Annual report of the Imperial Bacteriologist
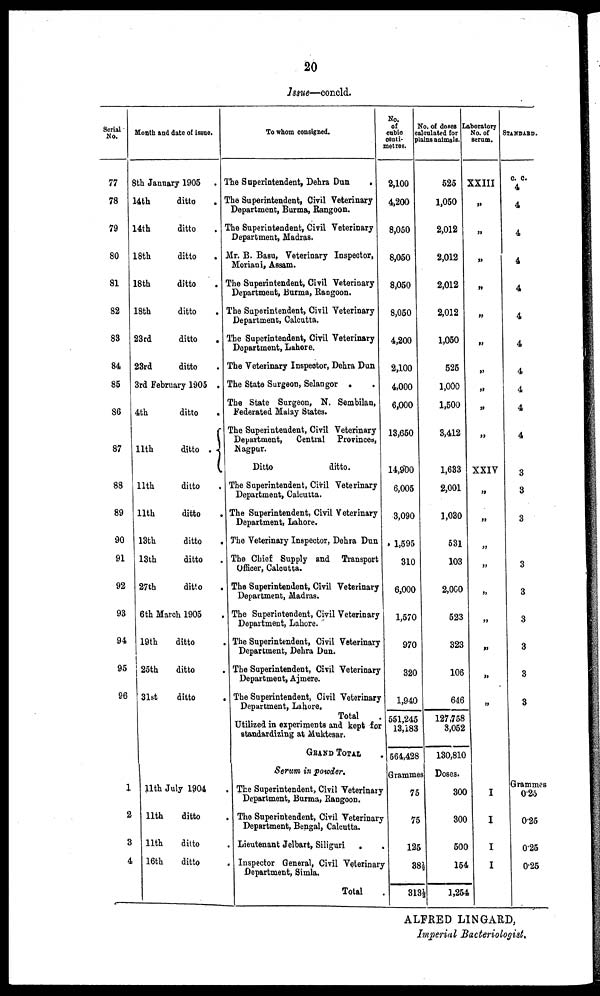
20
Issue—concld.
Serial
No.
77
78
79
80
81
82
83
84
85
86
87
88
89
90
91
92
93
94
95
96
1
2
3
4
Month and date of issue.
8th January 1905 .
14th
ditto
.
14th
ditto
.
18th
ditto .
18th
ditto .
18th
ditto .
23rd
ditto .
23rd
ditto .
3rd February 1905 .
4th
ditto
.
11th
ditto . {
11th
ditto .
11th
ditto .
13th
ditto .
13th
ditto .
27th
ditto .
6th March 1905 .
19th
ditto .
25th
ditto .
31st
ditto .
11th July 1904 .
11th
ditto .
11th
ditto .
16th
ditto .
To whom consigned.
The Superintendent, Dehra Dun
.
The Superintendent, Civil Veterinary
Department, Burma, Rangoon.
The Superintendent, Civil Veterinary
Department, Madras.
Mr. B. Basu, Veterinary Inspector,
Moriani, Assam.
The Superintendent, Civil Veterinary
Department, Burma, Rangoon.
The Superintendent, Civil Veterinary
Department, Calcutta.
The Superintendent, Civil Veterinary
Department, Lahore.
The Veterinary Inspector, Dehra Dun
The State Surgeon, Selangor .
The State Surgeon, N. Sembilan,
Federated Malay States.
The Superintendent, Civil Veterinary
Department, Central Provinces,
Nagpur.
Ditto
ditto.
The Superintendent, Civil Veterinary
Department, Calcutta.
The Superintendent, Civil Veterinary
Department, Lahore.
The Veterinary Inspector, Dehra Dun
The Chief Supply and Transport
Officer, Calcutta.
The Superintendent, Civil Veterinary
Department, Madras.
The Superintendent, Civil Veterinary
Department, Lahore.
The Superintendent, Civil Veterinary
Department, Dehra Dun.
The Superintendent, Civil Veterinary
Department, Ajmere.
The Superintendent, Civil Veterinary
Department, Lahore.
Total
.
Utilized in experiments and kept for
standardizing at Muktesar.
GRAND TOTAL
Serum in powder.
The Superintendent, Civil Veterinary
Department, Burma, Rangoon.
The Superintendent, Civil Veterinary
Department, Bengal, Calcutta.
Lieutenant Jelbart, Siliguri . .
Inspector General, Civil Veterinary
Department, Simla.
Total
No.
of
cubic
Centi¬
metres.
2,100
4,200
8,050
8,050
8,050
8,050
4,200
2,100
4,000
6,000
13,650
14,900
6,005
3,090
1,595
310
6,000
1,570
970
320
1,940
551,245
13,183
564,428
Grammes
75
75
125
38½
313½
No. of doses
calculated for
plains animals.
525
1,050
2,012
2,012
2,012
2,012
1,050
525
1,000
1,500
3,412
1,633
2,001
1,030
531
103
2,000
523
323
106
646
127,758
3,052
130,810
Doses.
300
300
500
154
1,254
Laboratory
No. of
serum.
XXIII
„
„
„
„
„
„
„
„
„
„
XXIV
„
„
„
„
„
„
„
„
„
I
I
I
I
STANDARD.
c. c.
4
4
4
4
4
4
4
4
4
4
4
3
3
3
3
3
3
3
3
3
Grammes
0.25
0.25
0.25
0.25
ALFRED LINGARD,
Imperial Bacteriologist.